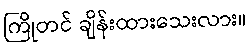
ကြိုတင် ချိန်းထားသေးလား။